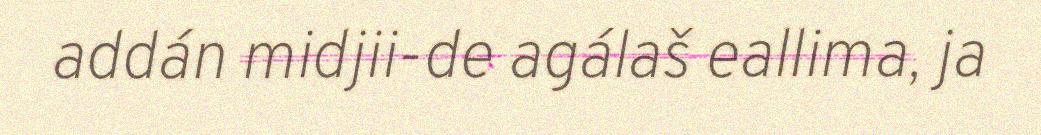
addán midjii-de agálaš eallima, ja